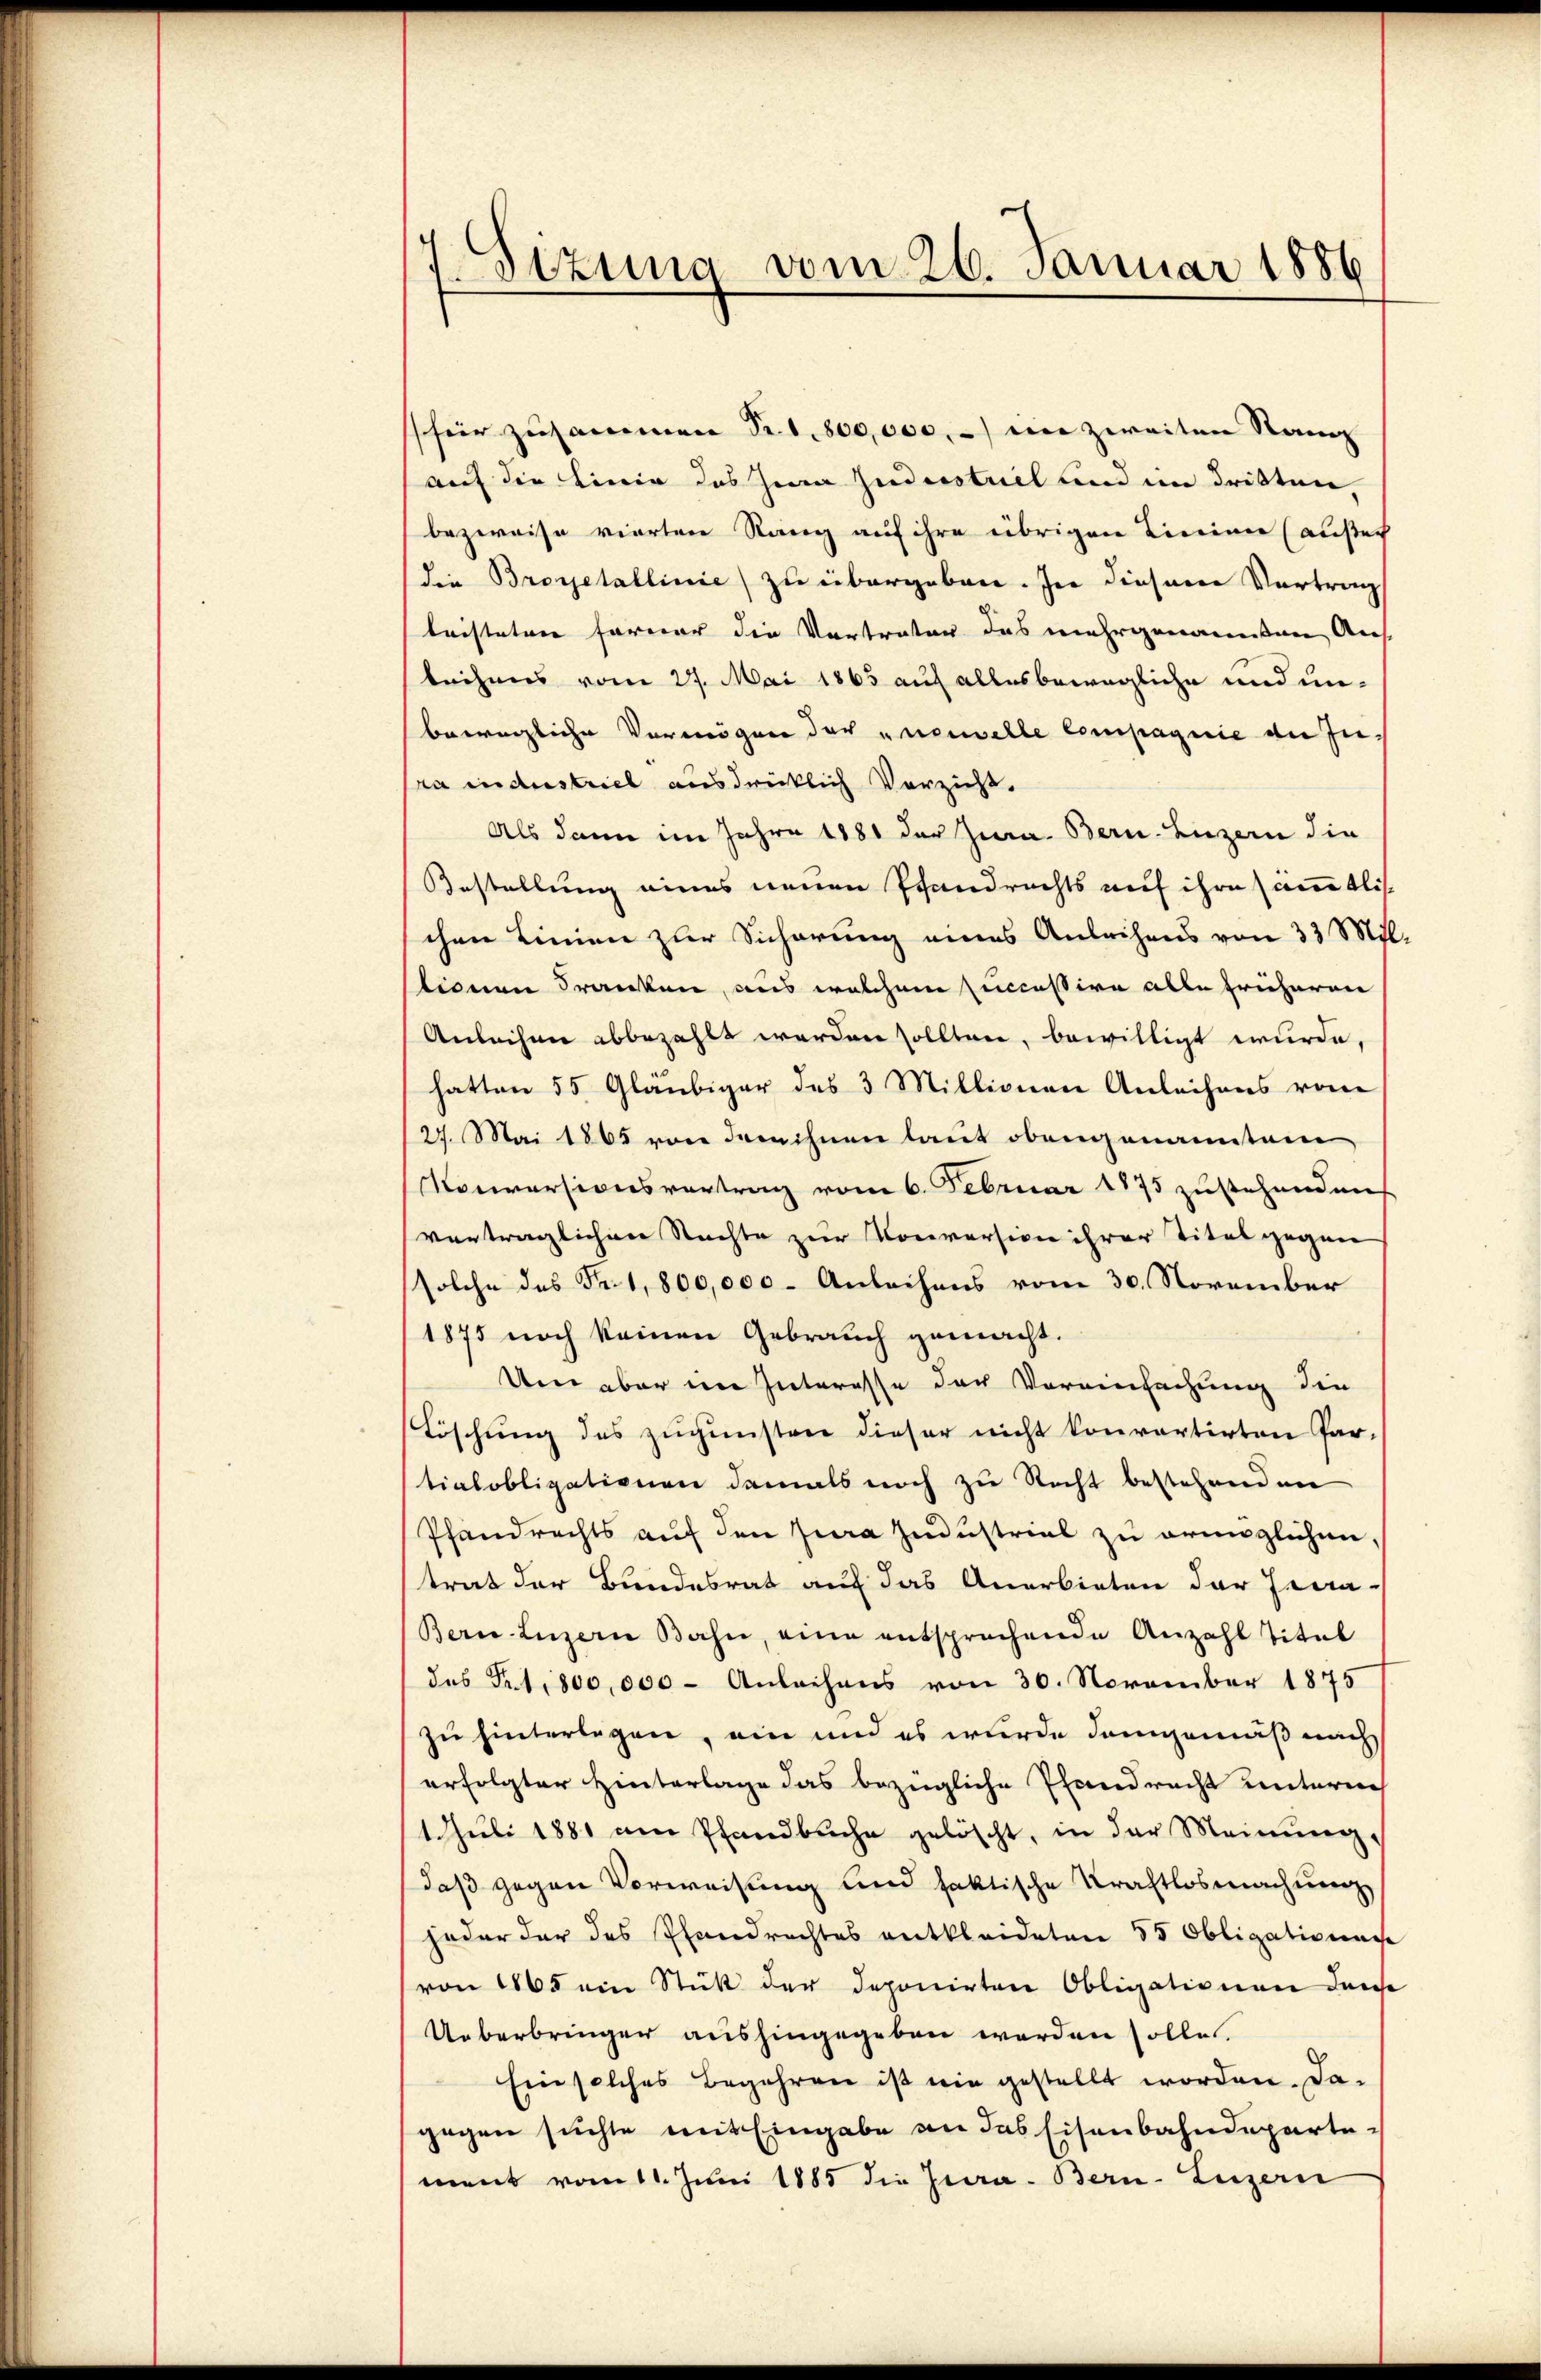
f
Sizung vom 26. Januar 1886

hür zusammen Fr. 1,800,000. ein zweiten Rang
auf die Linie des Hea Gudestriel und im dritten,
bezweife vierten Rang auf ihre übrigen Tierinne (außer
die Brosetallinie) zu übergeben. In diesene Vertrag
lristeten ferner die Vertraten das mehrgenannten Aus-
beichnes vom 27. Mai 1865 auf alles bewegliche und unbewegliche Vermögen der nouvelle Compagnie de Jupra industriel ausdrücklich Verzicht.
Als dann im Jahre 1881 der Jura. Bern. Luzern die
Bestellung eines neuen Pfandrechts auf ihre sämmtlichen Linien zur Sicherung eines Anleihens von 33 Mit
stionen Franken, aus welchem successive alle früheren
Anleihen abbezahlt werden sollten, bewilligt wurde
hatten 55 Gläubiger des 3 Millionen Anleihens vom
/27. Mai 1865 von drin ihnen laut obengenanntem
Konversionsvertrag vom 6. Februar 1875 zustehenden
vertraglichen Nachte zur Konversion ihrer Titel gegen
solche des Fr. 1,800,000 - Anleihens vom 30. November
1875 noch keinen Gebrauch gemacht.
Um aber im Interesse der Vereinfachung die
Töschung des zugunsten dieser nicht konvartirten Par-
tialobligationen damals noch zu Recht bestehenden
Pfandrechts auf den Jura Industrial zu ermöglichen,
trat der Bundesrat auf das Anerbieten der Hera-
Bern Luzern Bahn, eine entsprechende Anzahl Titel
des Fr. 1,800,000 - Anleihens von 30. November 1875
zu hinterlegen, ein und es wurde demgemäß nach
erfolgter Hinterlage das bezügliche Pfandrecht unterneh
1 Juli 1881 am Pfandbuche gelöscht, in der Meinung,
daß gegen Verweisung und faktische Kraftlosmachung
jeder der das Pfandrechtes entkleideten 35 Obligationen
von 1865 ein Stück der deponirten Obligationen derse
Ueberbringer aushingegeben werden solle.
Ein solches Begehren ist nie gestellt worden. Da-
gegen suchte mit Eingabe an das Eisenbahndepartement vom 11. Juni 1885 die Jura. Bern-Luzern